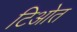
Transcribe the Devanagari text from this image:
टिओत